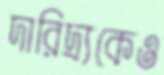
দারিদ্র্যকেও